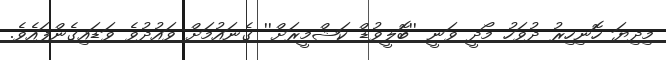
މިދިޔަ ހޮނިހިރު ދުވަހު މޯދީ ވަނީ ''ބޮލީވުޑް ކަޝްމީރަށް'' ގެނައުމަށް ވައުދުވެ ވަޑައިގެންފައެވެ.